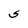
Character: S